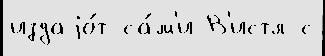
издаjо́т са́м'и В'истл с